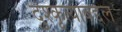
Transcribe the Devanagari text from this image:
दुश्कृत्याबद्दल